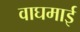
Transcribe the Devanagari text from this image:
वाघमाई